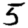
Digit: 5